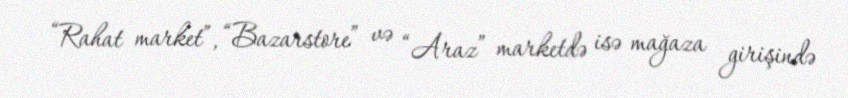
“Rahat market”, “Bazarstore” və “Araz” marketdə isə mağaza girişində